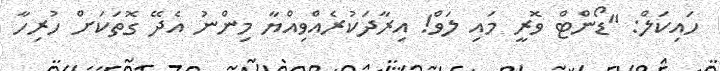
ހައިކަލް: "ޑޯންޓް ވޮރީ މައި ލަވް! އިރާދަކުރެއްވިއްޔާ މިންނު އެދޭ ގޮތަކަށް ހުރިހާ